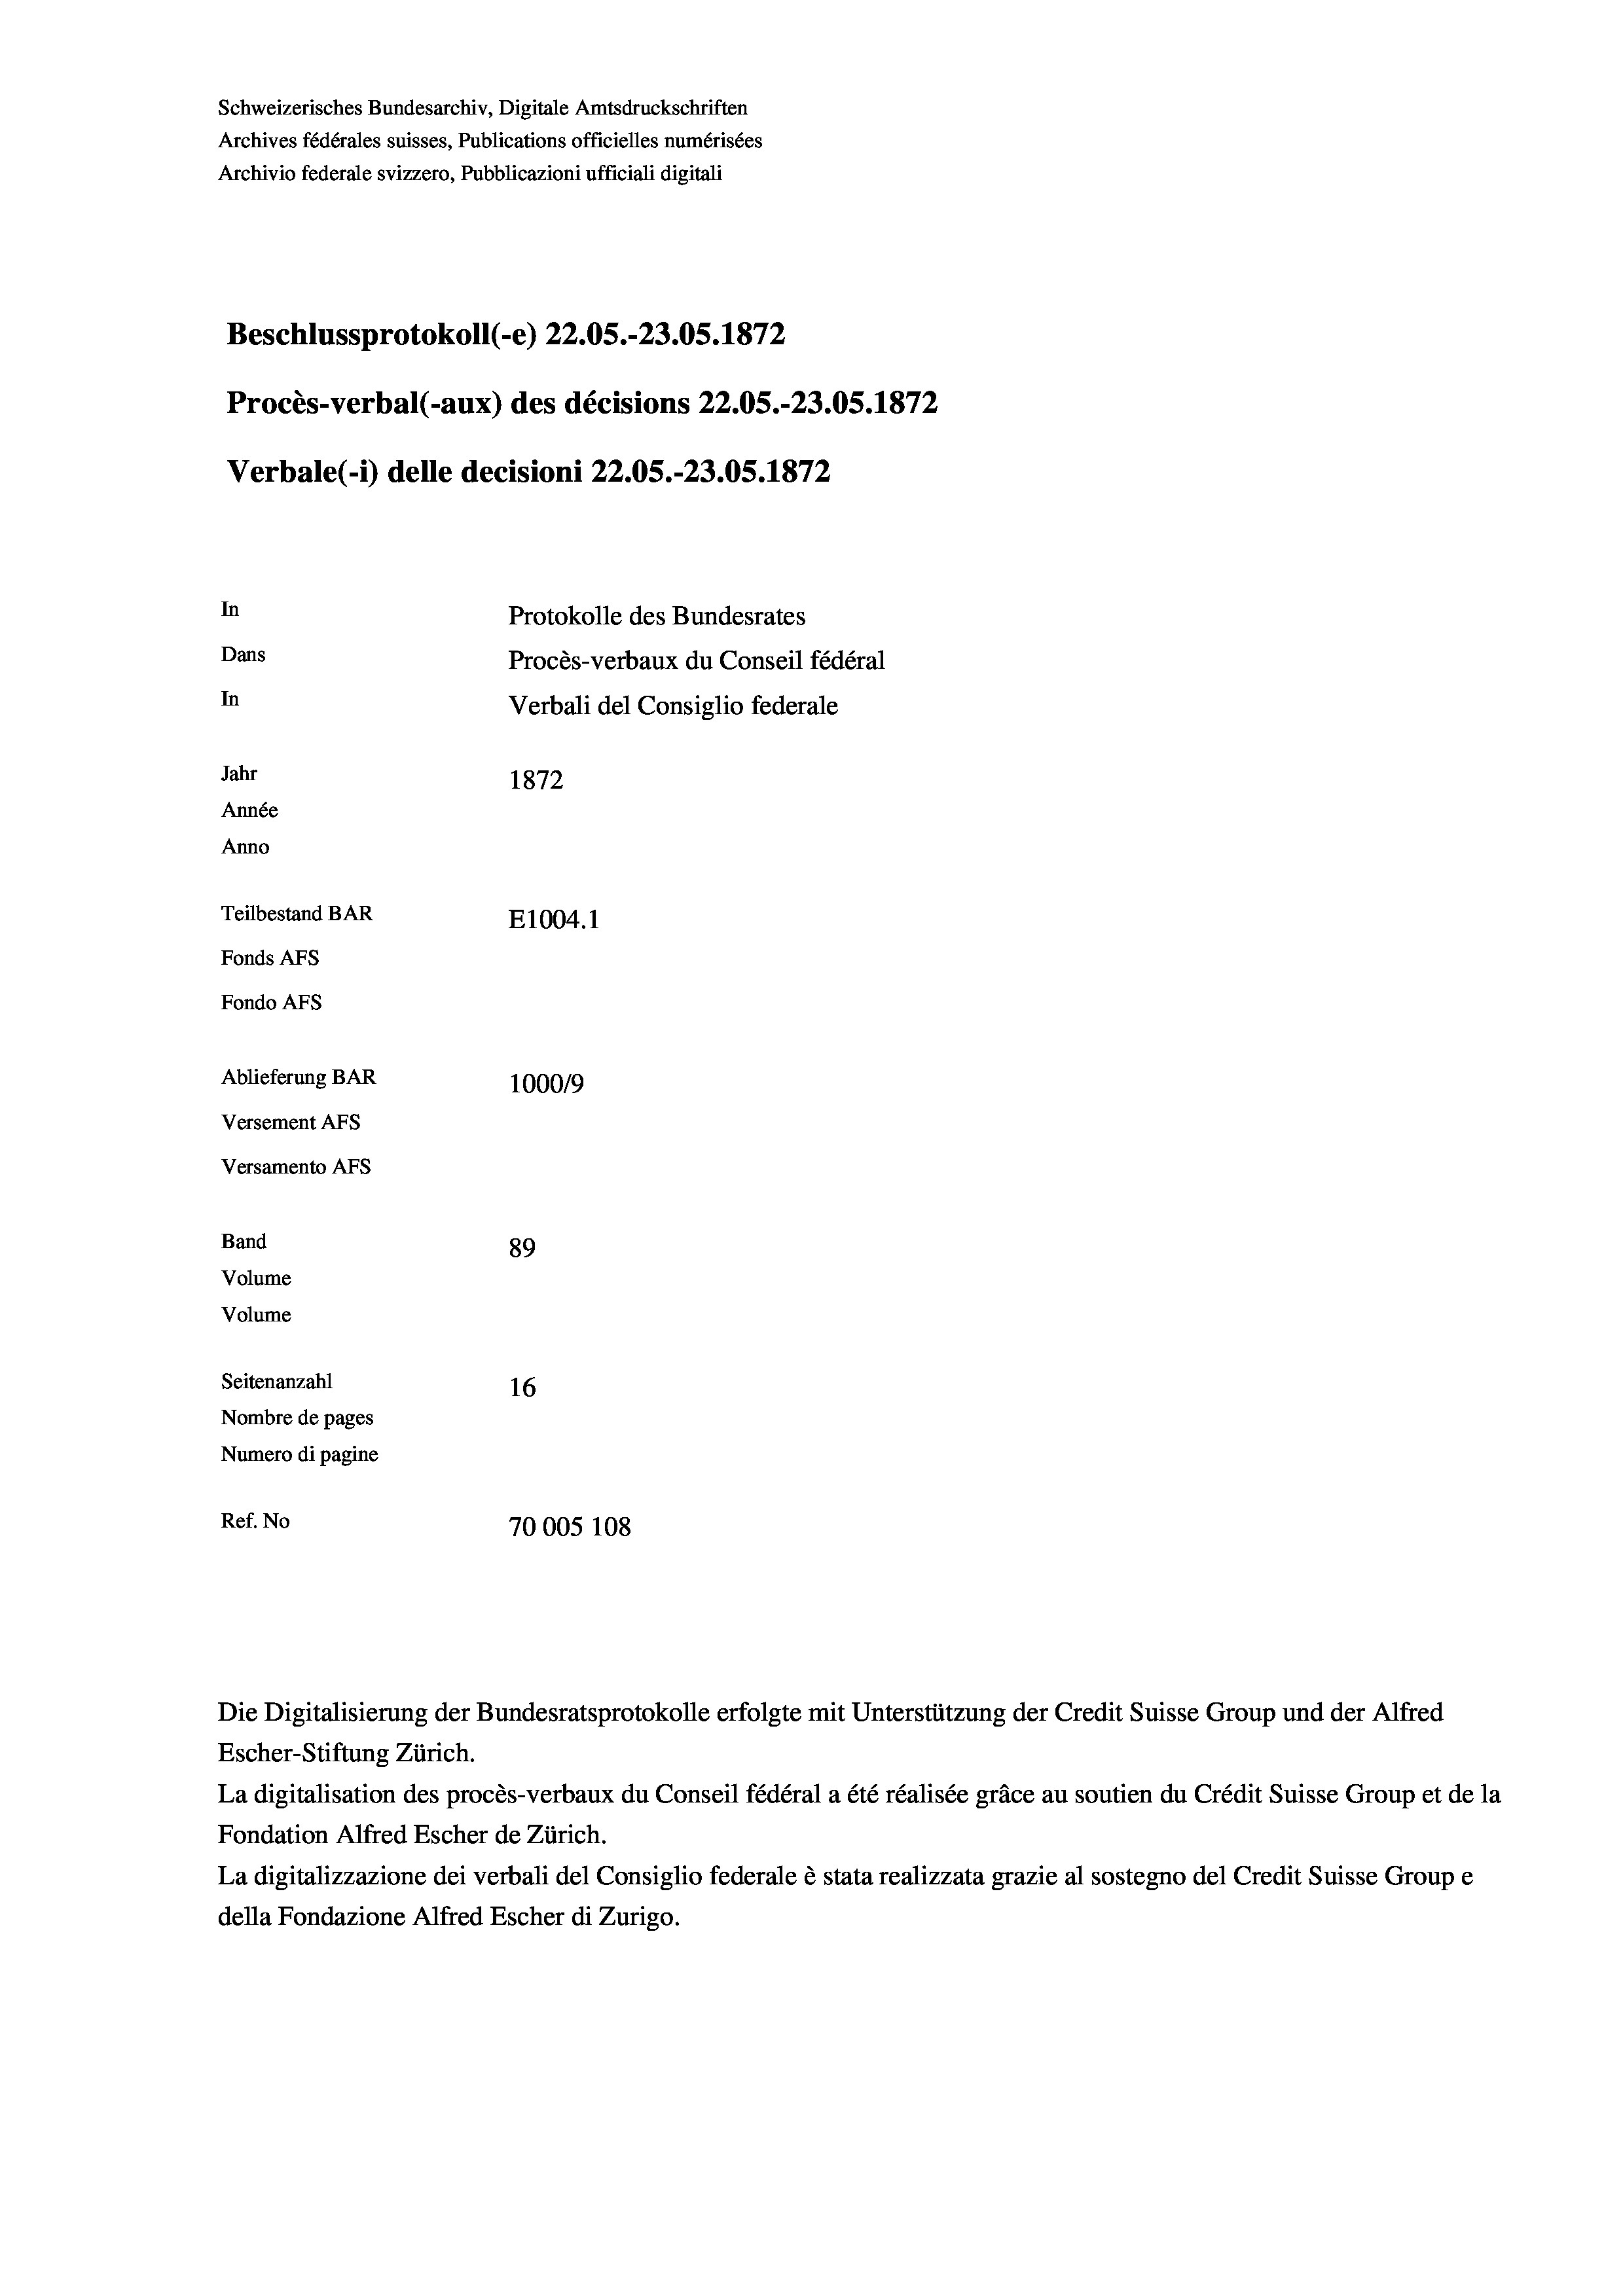
Schweizerisches Bundesarchiv, Digitale Amtsdruckschriften
Archives fédérales suisses, Publications officielles numérisées
Archivio federale svizzero, Pubblicazioni ufficiali digitali
Beschlussprotokoll (-e) 22.05.-23.05. 1872
Procès-verbal (-aux) des décisions 22.05.-23.05. 1872
Verbale (- 1) delle decisioni 22.05.-23.05. 1872
In
Protokolle des Bundesrates
Dans
Procès-verbaux du Conseil fédéral
In
Verbali del Consiglio federale
Jahr
1872
Année
Anno
Teilbestand BAR
E1004. 1
Fonds Afs
Fondo Afs
Ablieferung BAR
100019
Versement AFs
Versamento AFs
Band
89
Volume
Volume
Seitenanzahl
16
Nombre de pages
Numero di pagine
Ref. No
70005 108

Die Digitalisierung der Bundesratsprotokolle erfolgte mit Unterstützung der Credit Suisse Group und der Alfred

Escher-Stiftung Zürich.
La digitalisation des procès-verbaux du Conseil fédéral a été réalisée gräce au soutien du Crédit Suisse Group et de la
Fondation Alfred Escher de Zürich.
La digitalizzazione dei verbali del Consiglio federale è stata realizzata grazie al sostegno del Credit Suisse Groupe
della Fondazione Alfred Escher di Zurigo.